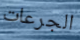
الجرعات